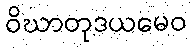
ဝိဃာတုဒယမေဝ